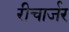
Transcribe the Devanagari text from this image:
रीचार्जर